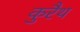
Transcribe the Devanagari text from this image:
कुरैथ